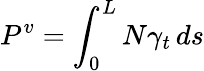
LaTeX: P^{v}=\int_{0}^{L}N\gamma_{t}\, ds